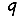
Digit: 9